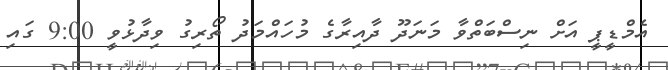
އެމްޑީޕީ އަށް ނިސްބަތްވާ މަނަދޫ ދާއިރާގެ މުހައްމަދު ތޯރިގު ވިދާޅުވީ 9:00 ގައި